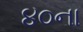
૪૦ના